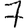
Digit: 7